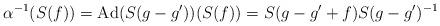
LaTeX: \begin{align*}\alpha^{-1}(S(f))=\mathrm{Ad}(S(g-g'))(S(f))=S(g-g'+f)S(g-g')^{-1}\end{align*}